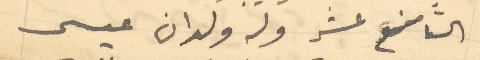
التاسع عشر وله ولدان عيسى